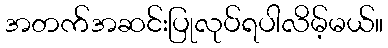
အတက်အဆင်းပြုလုပ်ရပါလိမ့်မယ်။